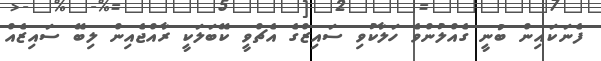
ފެނަކައިން ބުނީ ގެއްލުންވެ ހަލާކުވި ސައިޒްގެ އެޗްވީ ކޭބަލަކީ ރާއްޖެއިން ލިބޭ ސައިޒެއް